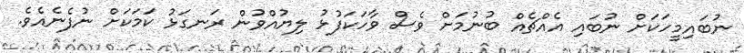
ނުބައިމީހަކަށް ނުބައި އެއްޗެއް ބުނުމަށް ވެސް ވާހަކަފުޅު ލިޔުއްވުން ރަނގަޅު ކަމަކަށް ނުފެނެއެވެ.